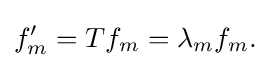
\displaystyle {f_{m}^{\prime }=Tf_{m}=\lambda _{m}f_{m}.}